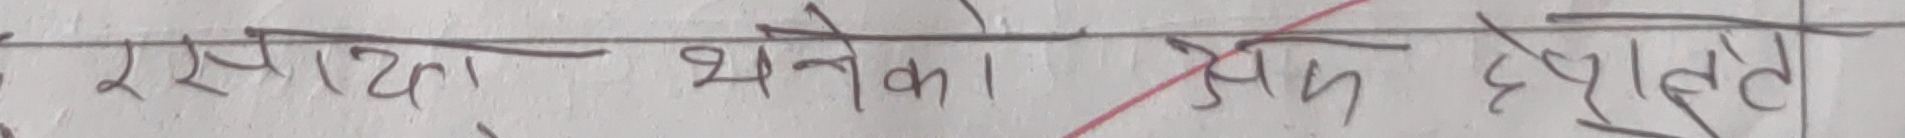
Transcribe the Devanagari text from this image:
रुपरेखा भनेको। एक देख्नुपर्ने।